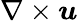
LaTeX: \nabla\times\boldsymbol{u}